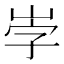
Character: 𡶻